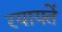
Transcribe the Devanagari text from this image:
रयायतें